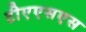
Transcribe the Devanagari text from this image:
टीएएसएस